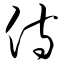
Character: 侍